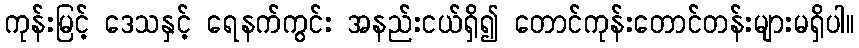
ကုန်းမြင့် ဒေသနှင့် ရေနက်ကွင်း အနည်းငယ်ရှိ၍ တောင်ကုန်းတောင်တန်းများမရှိပါ။